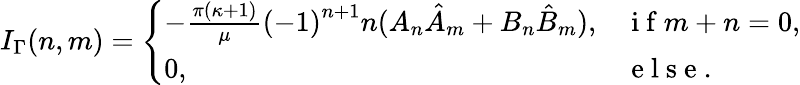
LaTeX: I_{\Gamma}(n,m)=\left\{ \begin{array}{ll}{-\frac{\pi(\kappa+1)}{\mu}{(-1)}^{n+1}n(A_{n}{\hat{A}}_{m}+B_{n}{\hat{B}}_{m}),}&{\mathrm{~i~f~}m+n=0,}\\ {0,}&{\mathrm{~e~l~s~e~.~}}\end{array}\right.